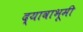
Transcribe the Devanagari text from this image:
द्यावाभूमी